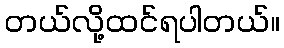
တယ်လို့ထင်ရပါတယ်။